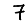
Digit: 7